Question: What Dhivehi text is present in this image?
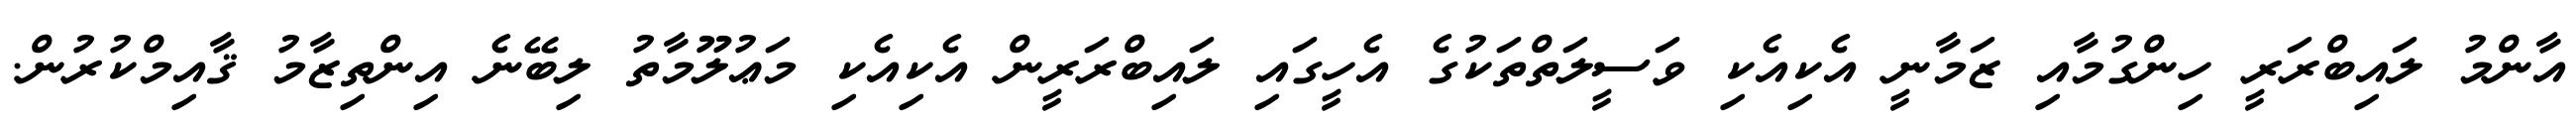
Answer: އާންމު ލައިބްރަރީ ހިންގުމާއި ޒަމާނީ އެކިއެކި ވަސީލަތްތަކުގެ އެހީގައި ލައިބްރަރީން އެކިއެކި މަޢުލޫމާތު ލިބޭނެ އިންތިޒާމު ޤާއިމްކުރުން.